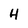
Character: H